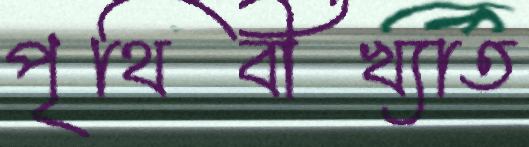
পৃথিবীখ্যাত